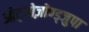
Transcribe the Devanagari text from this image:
ओट्जोज़ोण्ड्जुपा